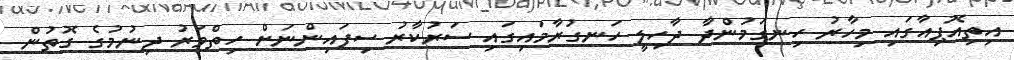
އިތިއޮޕިއާގައި މިހާރު ހިނގަމުންދާ ދާހިލީ ހަނގުރާމައިގައި ސަރުކާރު ސިފައިންނަށް ހިތްވަރު ދިނުމުގެ ގޮތުން